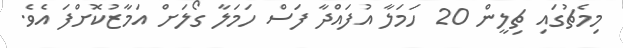
މިމެޗުގައި ޗިލީން 20 ހަމަލާ އުފައްދާ ފަސް ހަމަލާ ގޯލަށް އަމާޒުކޮށްފަ އެވެ.